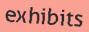
exhibits